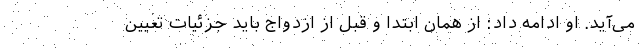
می‌آید. او ادامه داد: از همان ابتدا و قبل از ازدواج باید جزئیات تعیین